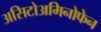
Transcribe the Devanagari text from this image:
असिटोअमिनोफेन